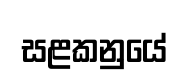
සළකනුයේ